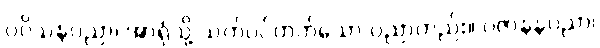
ပဝိသနပညာ၊ အာရုံသို့ သက်ဝင်တတ်သော ပညာတည်း။ ပဇာနနပညာ၊